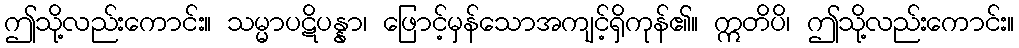
ဤသို့လည်းကောင်း။ သမ္မာပဋိပန္နာ၊ ဖြောင့်မှန်သောအကျင့်ရှိကုန်၏။ ဣတိပိ၊ ဤသို့လည်းကောင်း။